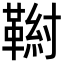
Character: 𩋰